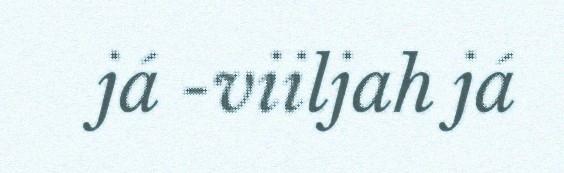
já -viiljah já